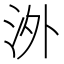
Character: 𣳢